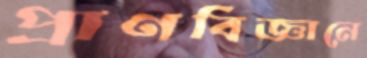
প্রাণবিজ্ঞানে